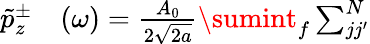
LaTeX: \begin{array}{rl}{\tilde{p}_{z}^{\pm}}&{{}(\omega)=\frac{A_{0}}{2\sqrt{2a}}\sumint_{f}\sum_{jj^{\prime}}^{N}}\end{array}